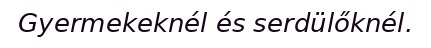
Gyermekeknél és serdülőknél.